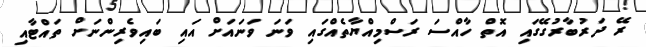
ރޭ ދަރުބާރުގޭގައި އޮތް ހާއްސަ ރަސްމިއްޔާތެއްގައި ވަނަ ވަނައަށް އައި ބައިވެރިންނަށް ތައްޓާއި